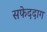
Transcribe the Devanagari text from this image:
सफेददाग